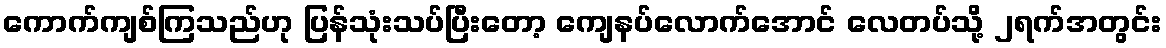
ကောက်ကျစ်ကြသည်ဟု ပြန်သုံးသပ်ပြီးတော့ ကျေနပ်လောက်အောင် လေတပ်သို့ ၂ရက်အတွင်း